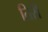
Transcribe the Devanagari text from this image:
तिर्री